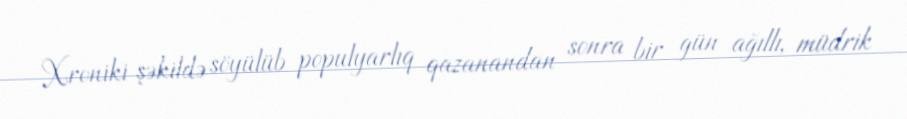
Xroniki şəkildə söyülüb populyarlıq qazanandan sonra bir gün ağıllı, müdrik